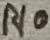
Text: R10